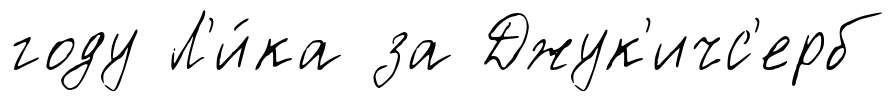
году Л'и́ка за Джук'ичс'ерб